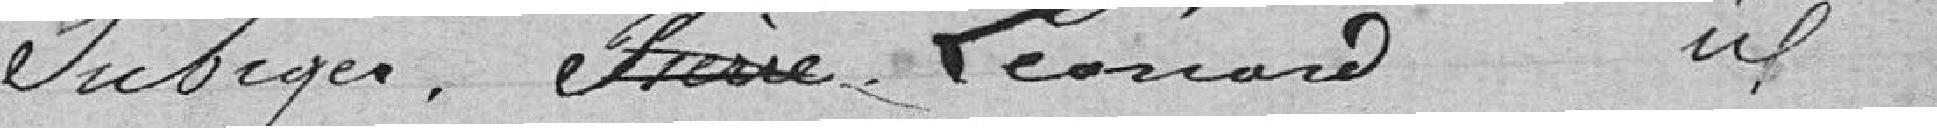
Subiger, Pierre, Léonard idem